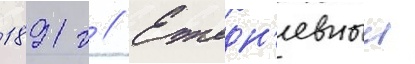
1891 г // Ежедн'евныи